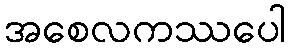
အစေလကဿပေါ